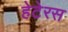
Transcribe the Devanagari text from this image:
हेटेरस